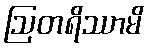
ဩတရိဿာမိ